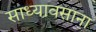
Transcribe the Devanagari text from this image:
साध्यावसाना